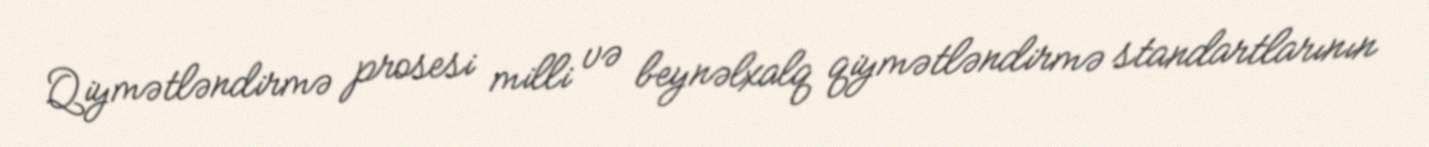
Qiymətləndirmə prosesi milli və beynəlxalq qiymətləndirmə standartlarının